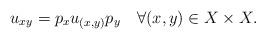
LaTeX: \begin{align*} u_{xy} = p_x u_{(x,y)} p_y ~~~ \forall (x,y) \in X \times X.\end{align*}